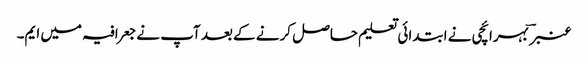
عنبر ؔ بہرائچی نے ابتدائی تعلیم حاصل کرنے کے بعد آپ نے جعرافیہ میں ایم۔